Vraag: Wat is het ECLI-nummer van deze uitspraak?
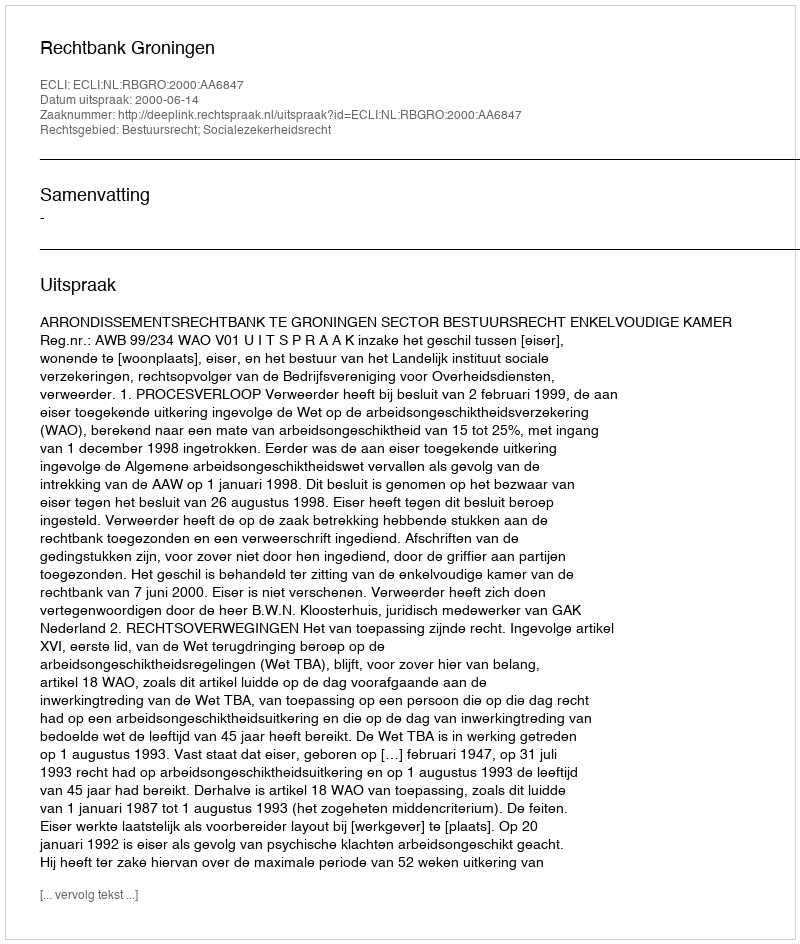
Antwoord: ECLI:NL:RBGRO:2000:AA6847